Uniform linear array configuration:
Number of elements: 48
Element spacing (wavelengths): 0.25
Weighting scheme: binomial
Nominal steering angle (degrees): -30
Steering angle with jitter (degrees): -29.02
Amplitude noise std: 0.05
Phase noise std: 0.05

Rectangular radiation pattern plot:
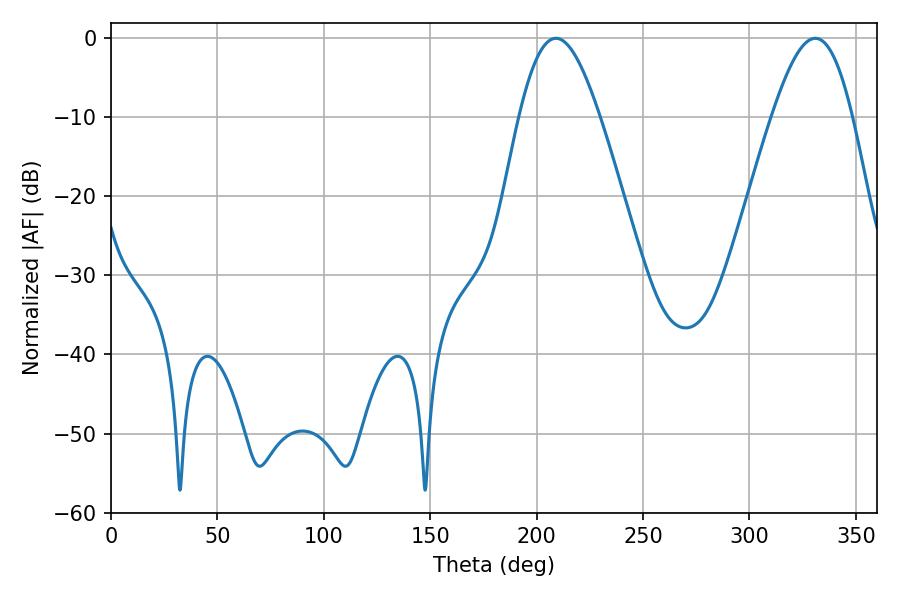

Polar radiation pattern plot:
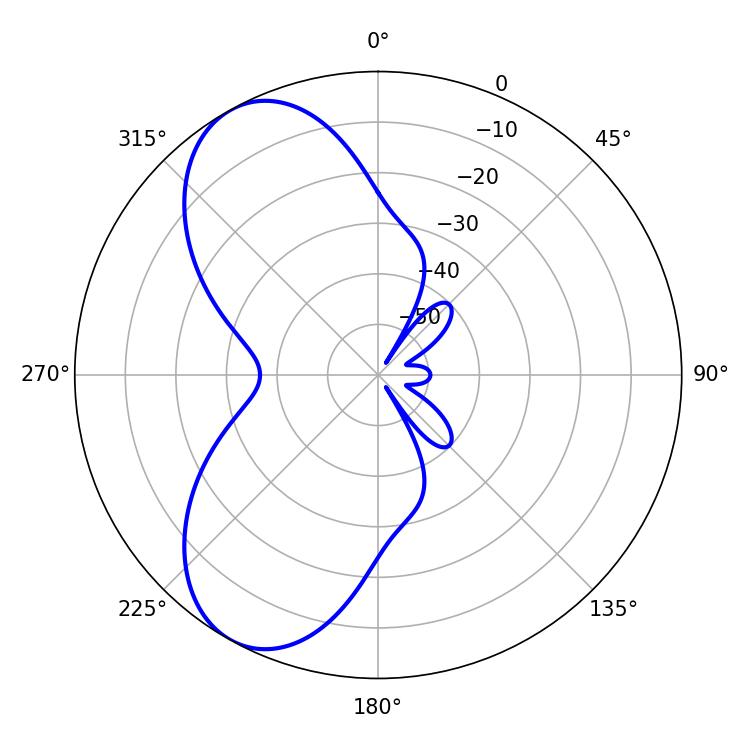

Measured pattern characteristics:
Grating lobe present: FALSE
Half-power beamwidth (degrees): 20.34
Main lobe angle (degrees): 208.98